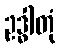
ဥဒ္ဓါတုံ